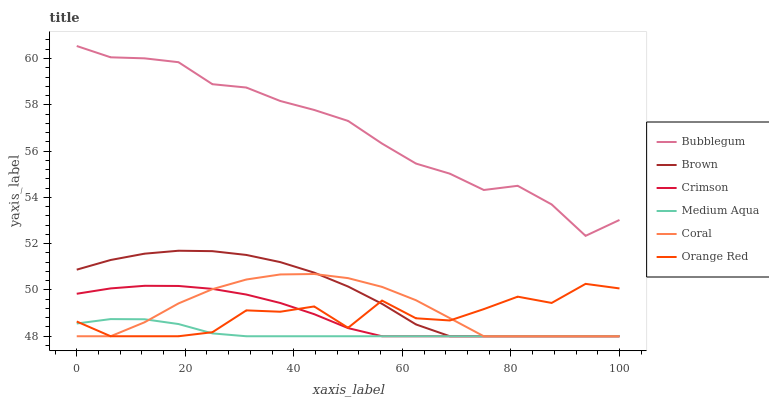
| xaxis_label | Bubblegum | Brown | Crimson | Medium Aqua | Coral | Orange Red |
 | --- | --- | --- | --- | --- | --- | --- |
 | 0 | 60.5 | 50.9 | 49.8 | 48.6 | 48 | 48.6 |
 | 6.25 | 60.1 | 51.3 | 50.1 | 48.7 | 48 | 48 |
 | 12.5 | 60 | 51.6 | 50.2 | 48.7 | 48.6 | 48 |
 | 18.8 | 59.8 | 51.7 | 50.2 | 48.5 | 49.4 | 48 |
 | 25 | 58.9 | 51.7 | 50 | 48.1 | 50 | 48.2 |
 | 31.2 | 58.7 | 51.5 | 49.8 | 48 | 50.5 | 49.1 |
 | 37.5 | 58.2 | 51.2 | 49.4 | 48 | 50.7 | 49.1 |
 | 43.8 | 57.8 | 50.7 | 49 | 48 | 50.7 | 49.3 |
 | 50 | 57.3 | 50.1 | 48.4 | 48 | 50.5 | 48.4 |
 | 56.2 | 56.3 | 49.4 | 48 | 48 | 50.1 | 49.5 |
 | 62.5 | 55.5 | 48.5 | 48 | 48 | 49.6 | 48.8 |
 | 68.8 | 55 | 48 | 48 | 48 | 48.8 | 48.7 |
 | 75 | 54.3 | 48 | 48 | 48 | 48 | 49.2 |
 | 81.2 | 54.5 | 48 | 48 | 48 | 48 | 49.7 |
 | 87.5 | 53.7 | 48 | 48 | 48 | 48 | 49.4 |
 | 93.8 | 52.3 | 48 | 48 | 48 | 48 | 50.3 |
 | 100 | 53 | 48 | 48 | 48 | 48 | 50.1 |